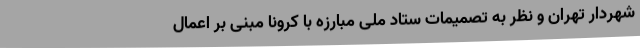
شهردار تهران و نظر به تصمیمات ستاد ملی مبارزه با کرونا مبنی بر اعمال